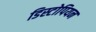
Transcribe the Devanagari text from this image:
डिस्टोपियन